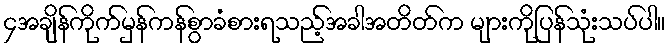
၄အချိန်ကိုက်မှန်ကန်စွာခံစားရသည့်အခါအတိတ်က များကိုပြန်သုံးသပ်ပါ။